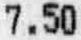
7.50